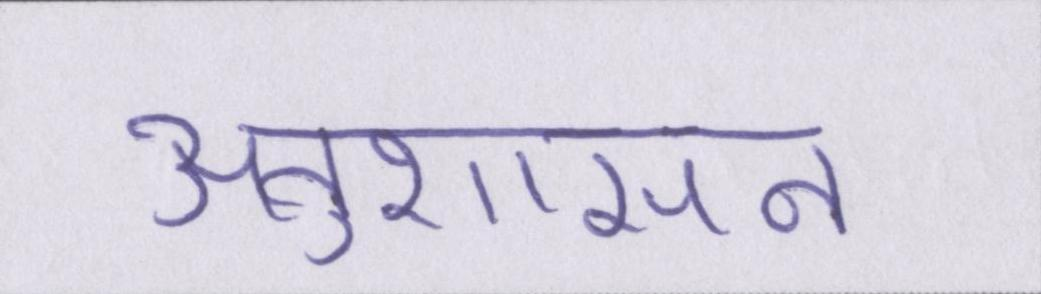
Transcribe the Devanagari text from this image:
अनुशासन